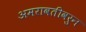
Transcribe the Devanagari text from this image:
अमरावतीवरुन